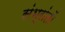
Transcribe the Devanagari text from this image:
संभ्रांतों